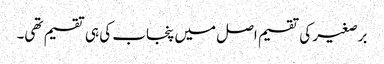
برصغیر کی تقسیم اصل میں پنجاب کی ہی تقسیم تھی۔